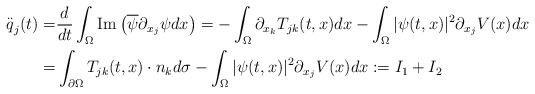
\begin{align*}\overset{..}{q}_{j}(t)=& \frac{d}{dt}\int_{\Omega }\mathrm{Im}\left( \overline{\psi }\partial _{x_{j}}\psi dx\right) =-\int_{\Omega }\partial_{x_{k}}T_{jk}(t,x)dx-\int_{\Omega }|\psi (t,x)|^{2}\partial _{x_{j}}V(x)dx\\=& \int_{\partial \Omega }T_{jk}(t,x)\cdot n_{k}d\sigma -\int_{\Omega }|\psi(t,x)|^{2}\partial _{x_{j}}V(x)dx:=I_{1}+I_{2}\end{align*}